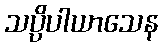
သပ္ပိပါယာသေန